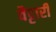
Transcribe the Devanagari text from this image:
वैट्टारी